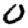
Digit: 0